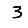
Digit: 3